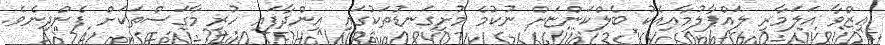
ޢިޒްވާ އަލަމާރި ލައްޕާލުމާއިއެކު ބެލްކަންޏަށް ނުކުމެ މުށިގަނޑުތަކުގައި އިންދާފައި ހުރި މާގަސްތަކަށް ފެންދިނެވެ.